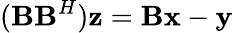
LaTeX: (\textbf{B}\textbf{B}^{H})\textbf{z}=\textbf{B}\textbf{x}-\textbf{y}